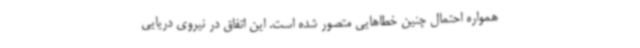
همواره احتمال چنین خطاهایی متصور شده است. این اتفاق در نیروی دریایی